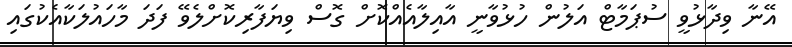
އޭނާ ވިދާޅުވީ ސުޕަމާޓް އަލުން ހުޅުވާނީ އާއިލާއެއްކޮށް ގޮސް ވިޔަފާރިކޮށްލެވޭ ފަދަ މާހައުލަކާއެކުގައި